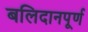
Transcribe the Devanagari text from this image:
बलिदानपूर्ण